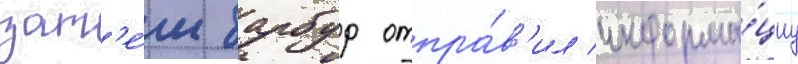
зат'е́м барбур отпра́в'ил информа́циу